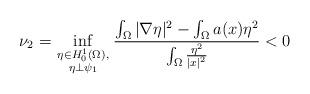
LaTeX: \begin{align*}\nu_2=\inf_{\scriptstyle\eta\in H^1_0(\Omega) ,\atop\scriptstyle\eta\perp\psi_1}\frac{\int_\Omega|\nabla\eta|^2-\int_\Omega a(x)\eta^2}{\int_\Omega \frac{\eta^2}{|x|^2}}<0\end{align*}